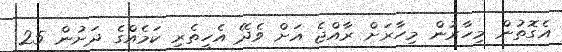
އެގޮތުން މިހާރުން މިހާރަށް ރާއްޖެ އަށް ވެދޭ އެހީތެރި ކަމެއްގެ ދަށުން 25